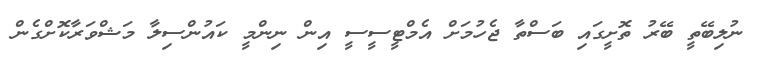
ނުލިބޭތީ ބޭރު ތޮށީގައި ބަސްތާ ޖެހުމަށް އެމްޓީސީސީ އިން ނިންމީ ކައުންސިލާ މަޝްވަރާކޮށްގެން